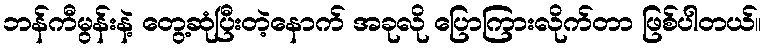
ဘန်ကီမွန်းနဲ့ တွေ့ဆုံပြီးတဲ့နောက် အခုလို ပြောကြားလိုက်တာ ဖြစ်ပါတယ်။